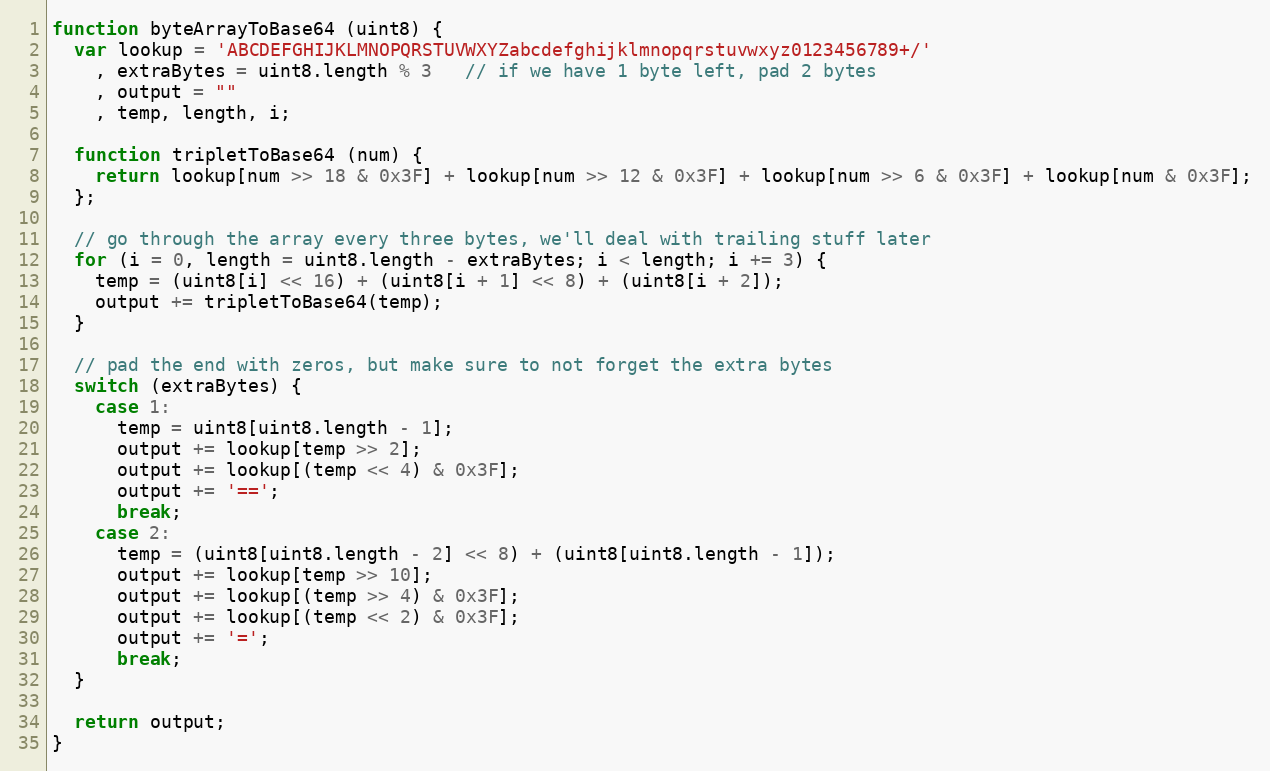
Language: JavaScript
function byteArrayToBase64 (uint8) {
  var lookup = 'ABCDEFGHIJKLMNOPQRSTUVWXYZabcdefghijklmnopqrstuvwxyz0123456789+/'
    , extraBytes = uint8.length % 3   // if we have 1 byte left, pad 2 bytes
    , output = ""
    , temp, length, i;

  function tripletToBase64 (num) {
    return lookup[num >> 18 & 0x3F] + lookup[num >> 12 & 0x3F] + lookup[num >> 6 & 0x3F] + lookup[num & 0x3F];
  };

  // go through the array every three bytes, we'll deal with trailing stuff later
  for (i = 0, length = uint8.length - extraBytes; i < length; i += 3) {
    temp = (uint8[i] << 16) + (uint8[i + 1] << 8) + (uint8[i + 2]);
    output += tripletToBase64(temp);
  }

  // pad the end with zeros, but make sure to not forget the extra bytes
  switch (extraBytes) {
    case 1:
      temp = uint8[uint8.length - 1];
      output += lookup[temp >> 2];
      output += lookup[(temp << 4) & 0x3F];
      output += '==';
      break;
    case 2:
      temp = (uint8[uint8.length - 2] << 8) + (uint8[uint8.length - 1]);
      output += lookup[temp >> 10];
      output += lookup[(temp >> 4) & 0x3F];
      output += lookup[(temp << 2) & 0x3F];
      output += '=';
      break;
  }

  return output;
}